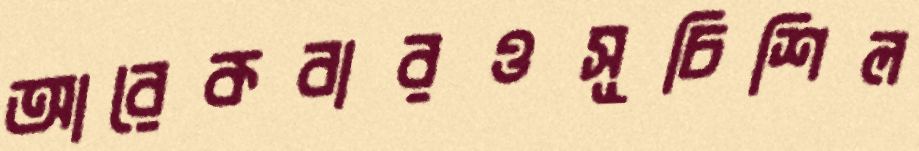
আরেকবারওসূচিশিল